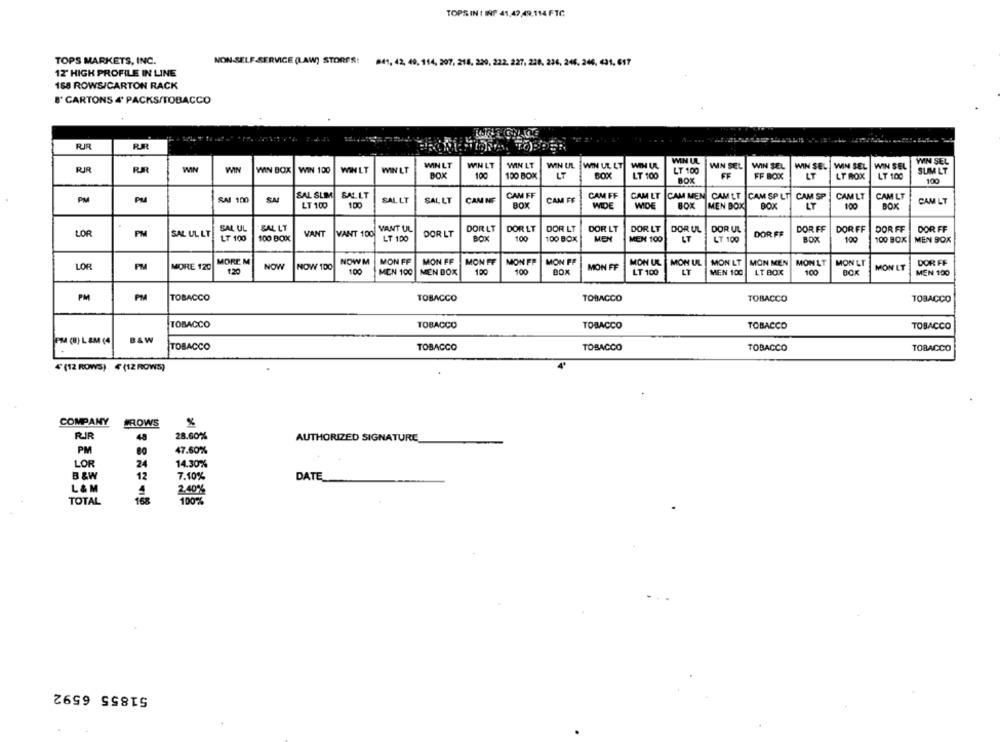
TOPS IN ! INF 41,47,49,114 FTC
TOPS MARKETS, INC.
NON-SELF-SERVICE (LAW) STORES!
841, 42, 49, 114, 207. 218. 220, 222, 227. 228. 236, 246. 246. 431. 617
12' HIGH PROFILE IN LINE
158 ROWS/CARTON RACK
8' CARTONS 4 PACKS/TOBACCO
RR
RR
WIN LT
WIN LT
WIN UL WIN UL LT
WIN UL
WIN SEL
RR
RR
WIN
WIN BOX
WIN 100
WIN LT
WIN LT
WIN LT
WIN UL
LT 100
WIN SEL
WIN SEL
WIN SEL
WIN SEL
WIN SEL
SLIM LT
BOX
100
100 BOX
LT
BOX
LT 100
BOX
FF
FF BOX
LT
LT BOX
LT 100
100
PM
PM
SAI 100
SA
SAL SLM
SALLT
SAL LT
SAL LT
CAM NE
CAM FF
CAM FF
CAM FF
CAM LT
CAM MEN CAM LT CAM SP LT
CAM SP
CAMLT
CAM LT
CAM LT
LT 100
100
BOX
WIDE
WIDE
BOX
MEN BOX
BOX
LT
100
BOK
SAL UL
SAL LT
VANT UL
DOR LT
DOR LT
DOR LT
DOR LT
DOR LT
DOR UL
DOR UL
DOR FF
DOR FF
DOR FF
DOR FF
LOR
PM
SAL UL LT
LT 100
100 BOX
VANT
VANT 100
LT 100
DOR LT
BOX
100
100 BOX
MEN
MEN 100
DOR FF
BOO
100
100 BOX
LT
LT 100
MEN BOX
LOR
PM
MORE 120
MORE M
NOW
NOW 100
NOWM
MON FF
MON FF
MON FF
MON FF
MON FF
MON FF
MON UL
MON UL
MON LT
MON MEN
MON LT
MON LT
MON LT
DOR FF
1.20
100
MEN 100
MEN BOX
130
100
BOX
LT 100
LT
MEN 100
LT BOX
100
BOK
MEN 100
PM
PM
TOBACCO
TOBACCO
TOBACCO
TOBACCO
TOBACCO
TOBACCO
TOBACCO
TOBACCO
TOBACCO
TOBACCO
PM (B) L &M (4
B&W
TOBACCO
TOBACCO
TOBACCO
TOBACCO
TOBACCO
4 (12 ROWS) 4 (12 ROWS)
COMPANY
ROWS
RIR
28.60%
AUTHORIZED SIGNATURE
PM
47.60%
LOR
24
14.30%
B &W
12
7.10%
DATE
L & M
4
2.40%
TOTAL
168
100%
51855 6592